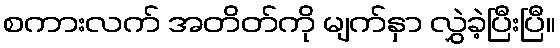
စကားလက် အတိတ်ကို မျက်နှာ လွှဲခဲ့ပြီးပြီ။